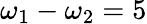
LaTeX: \omega_{1}-\omega_{2}=5